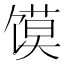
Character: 馍